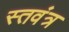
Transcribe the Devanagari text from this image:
स्तवंत्र